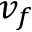
v _ { f }